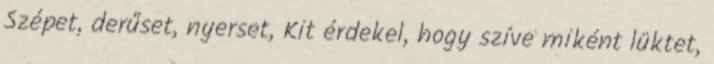
Szépet, derűset, nyerset, Kit érdekel, hogy szíve miként lüktet,